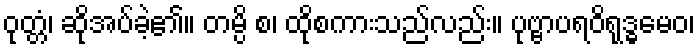
ဝုတ္တံ၊ ဆိုအပ်ခဲ့၏။ တမ္ပိ စ၊ ထိုစကားသည်လည်း။ ပုဗ္ဗာပရဝိရုဒ္ဓမေဝ၊